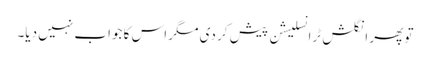
تو پھر انگلش ٹرانسلیشن پیش کر دی مگر اس کا جواب نہیں دیا۔